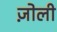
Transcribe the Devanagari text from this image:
ज़ोली